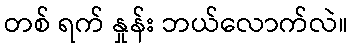
တစ် ရက် နှုန်း ဘယ်လောက်လဲ။